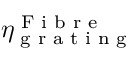
\eta _ { \textrm { g r a t i n g } } ^ { \textrm { F i b r e } }